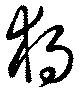
独